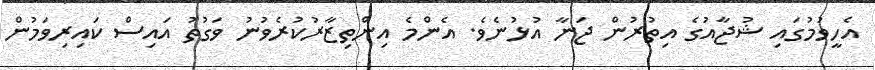
އެހީވުމުގައި ޝުޖާއުގެ އިތުރުން ޖަނާ އުޅުނެވެ. އެންމެ އިންތިޒާރުކުރެވުނު ވަގުތު އައިސް ކައިރިވަމުން